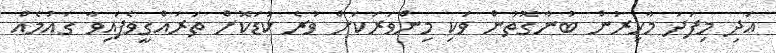
އަދި މިފަދަ މާހިރުން ބުނާގޮތުން ވަކި މިންވަރަކަށް ވުރެ ކުޑަކޮށް ތަރައްގީވެފައިވާ ގައުމެއް